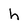
Character: h